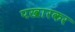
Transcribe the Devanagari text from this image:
पखारकर